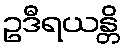
ဥဒီရယန္တိ